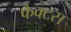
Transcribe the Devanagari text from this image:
फैक्टस